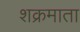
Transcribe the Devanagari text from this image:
शक्रमाता